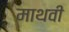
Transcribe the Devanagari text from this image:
माथवी